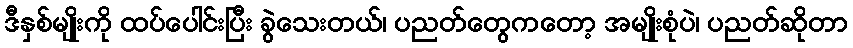
ဒီနှစ်မျိုးကို ထပ်ပေါင်းပြီး ခွဲသေးတယ်၊ ပညတ်တွေကတော့ အမျိုးစုံပဲ၊ ပညတ်ဆိုတာ